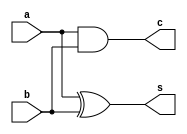
`timescale 1ns / 1ps
//////////////////////////////////////////////////////////////////////////////////
// Company: 
// Engineer: 
// 
// Design Name: 
// Module Name: halfadd_d
// Project Name: 
// Target Devices: 
// Tool Versions: 
// Description: 
// 
// Dependencies: 
// 
// Revision:
// Revision 0.01 - File Created
// Additional Comments:
// 
//////////////////////////////////////////////////////////////////////////////////


module halfadd_d(
    input a,b,
    output s,c
    );
 assign s = a^b;
 assign c = a&b;   
endmodule